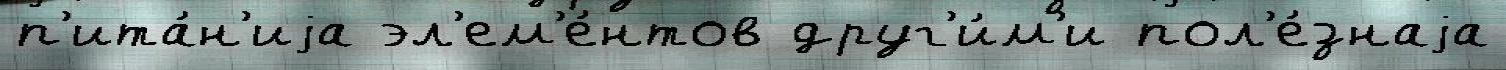
п'ита́н'иjа эл'ем'е́нтов друг'и́м'и пол'е́знаjа